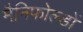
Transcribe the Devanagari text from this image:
मैनिफोल्डों